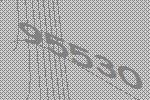
95530